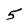
Character: 5